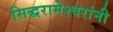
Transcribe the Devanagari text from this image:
सिद्धरामेश्वरांनी